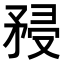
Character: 𥍯